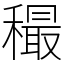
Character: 穝